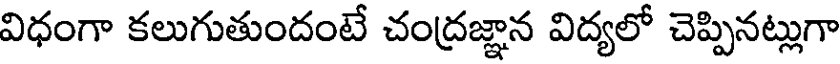
విధంగా కలుగుతుందంటే చంద్రజ్ఞాన విద్యలో చెప్పినట్లుగా